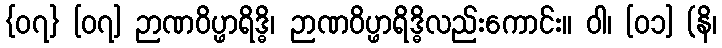
{၀၇} [၀၇] ဉာဏဝိပ္ဖာရိဒ္ဓိ၊ ဉာဏဝိပ္ဖာရိဒ္ဓိလည်းကောင်း။ ဝါ၊ [၀၁] (နိ၊